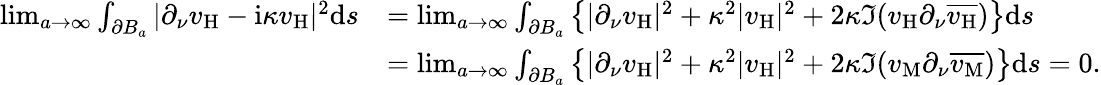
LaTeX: \begin{array}{rl}{\operatorname*{lim}_{a\to\infty}\int_{\partial B_{a}}|\partial_{\nu}v_{\mathrm{H}}-\mathrm{i}\kappa v_{\mathrm{H}}|^{2}\mathrm{d}s}&{=\operatorname*{lim}_{a\to\infty}\int_{\partial B_{a}}\big\{ |\partial_{\nu}v_{\mathrm{H}}|^{2}+\kappa^{2}|v_{\mathrm{H}}|^{2}+2\kappa\Im(v_{\mathrm{H}}\partial_{\nu}\overline{{v_{\mathrm{H}}}})\big\} \mathrm{d}s}\\ &{=\operatorname*{lim}_{a\to\infty}\int_{\partial B_{a}}\big\{ |\partial_{\nu}v_{\mathrm{H}}|^{2}+\kappa^{2}|v_{\mathrm{H}}|^{2}+2\kappa\Im(v_{\mathrm{M}}\partial_{\nu}\overline{{v_{\mathrm{M}}}})\big\} \mathrm{d}s=0.}\end{array}